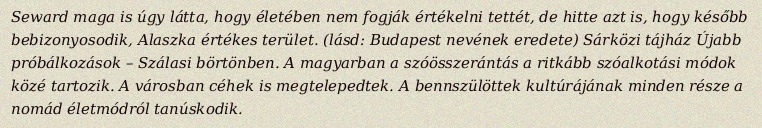
Seward maga is úgy látta, hogy életében nem fogják értékelni tettét, de hitte azt is, hogy később bebizonyosodik, Alaszka értékes terület. (lásd: Budapest nevének eredete) Sárközi tájház Újabb próbálkozások – Szálasi börtönben. A magyarban a szóösszerántás a ritkább szóalkotási módok közé tartozik. A városban céhek is megtelepedtek. A bennszülöttek kultúrájának minden része a nomád életmódról tanúskodik.